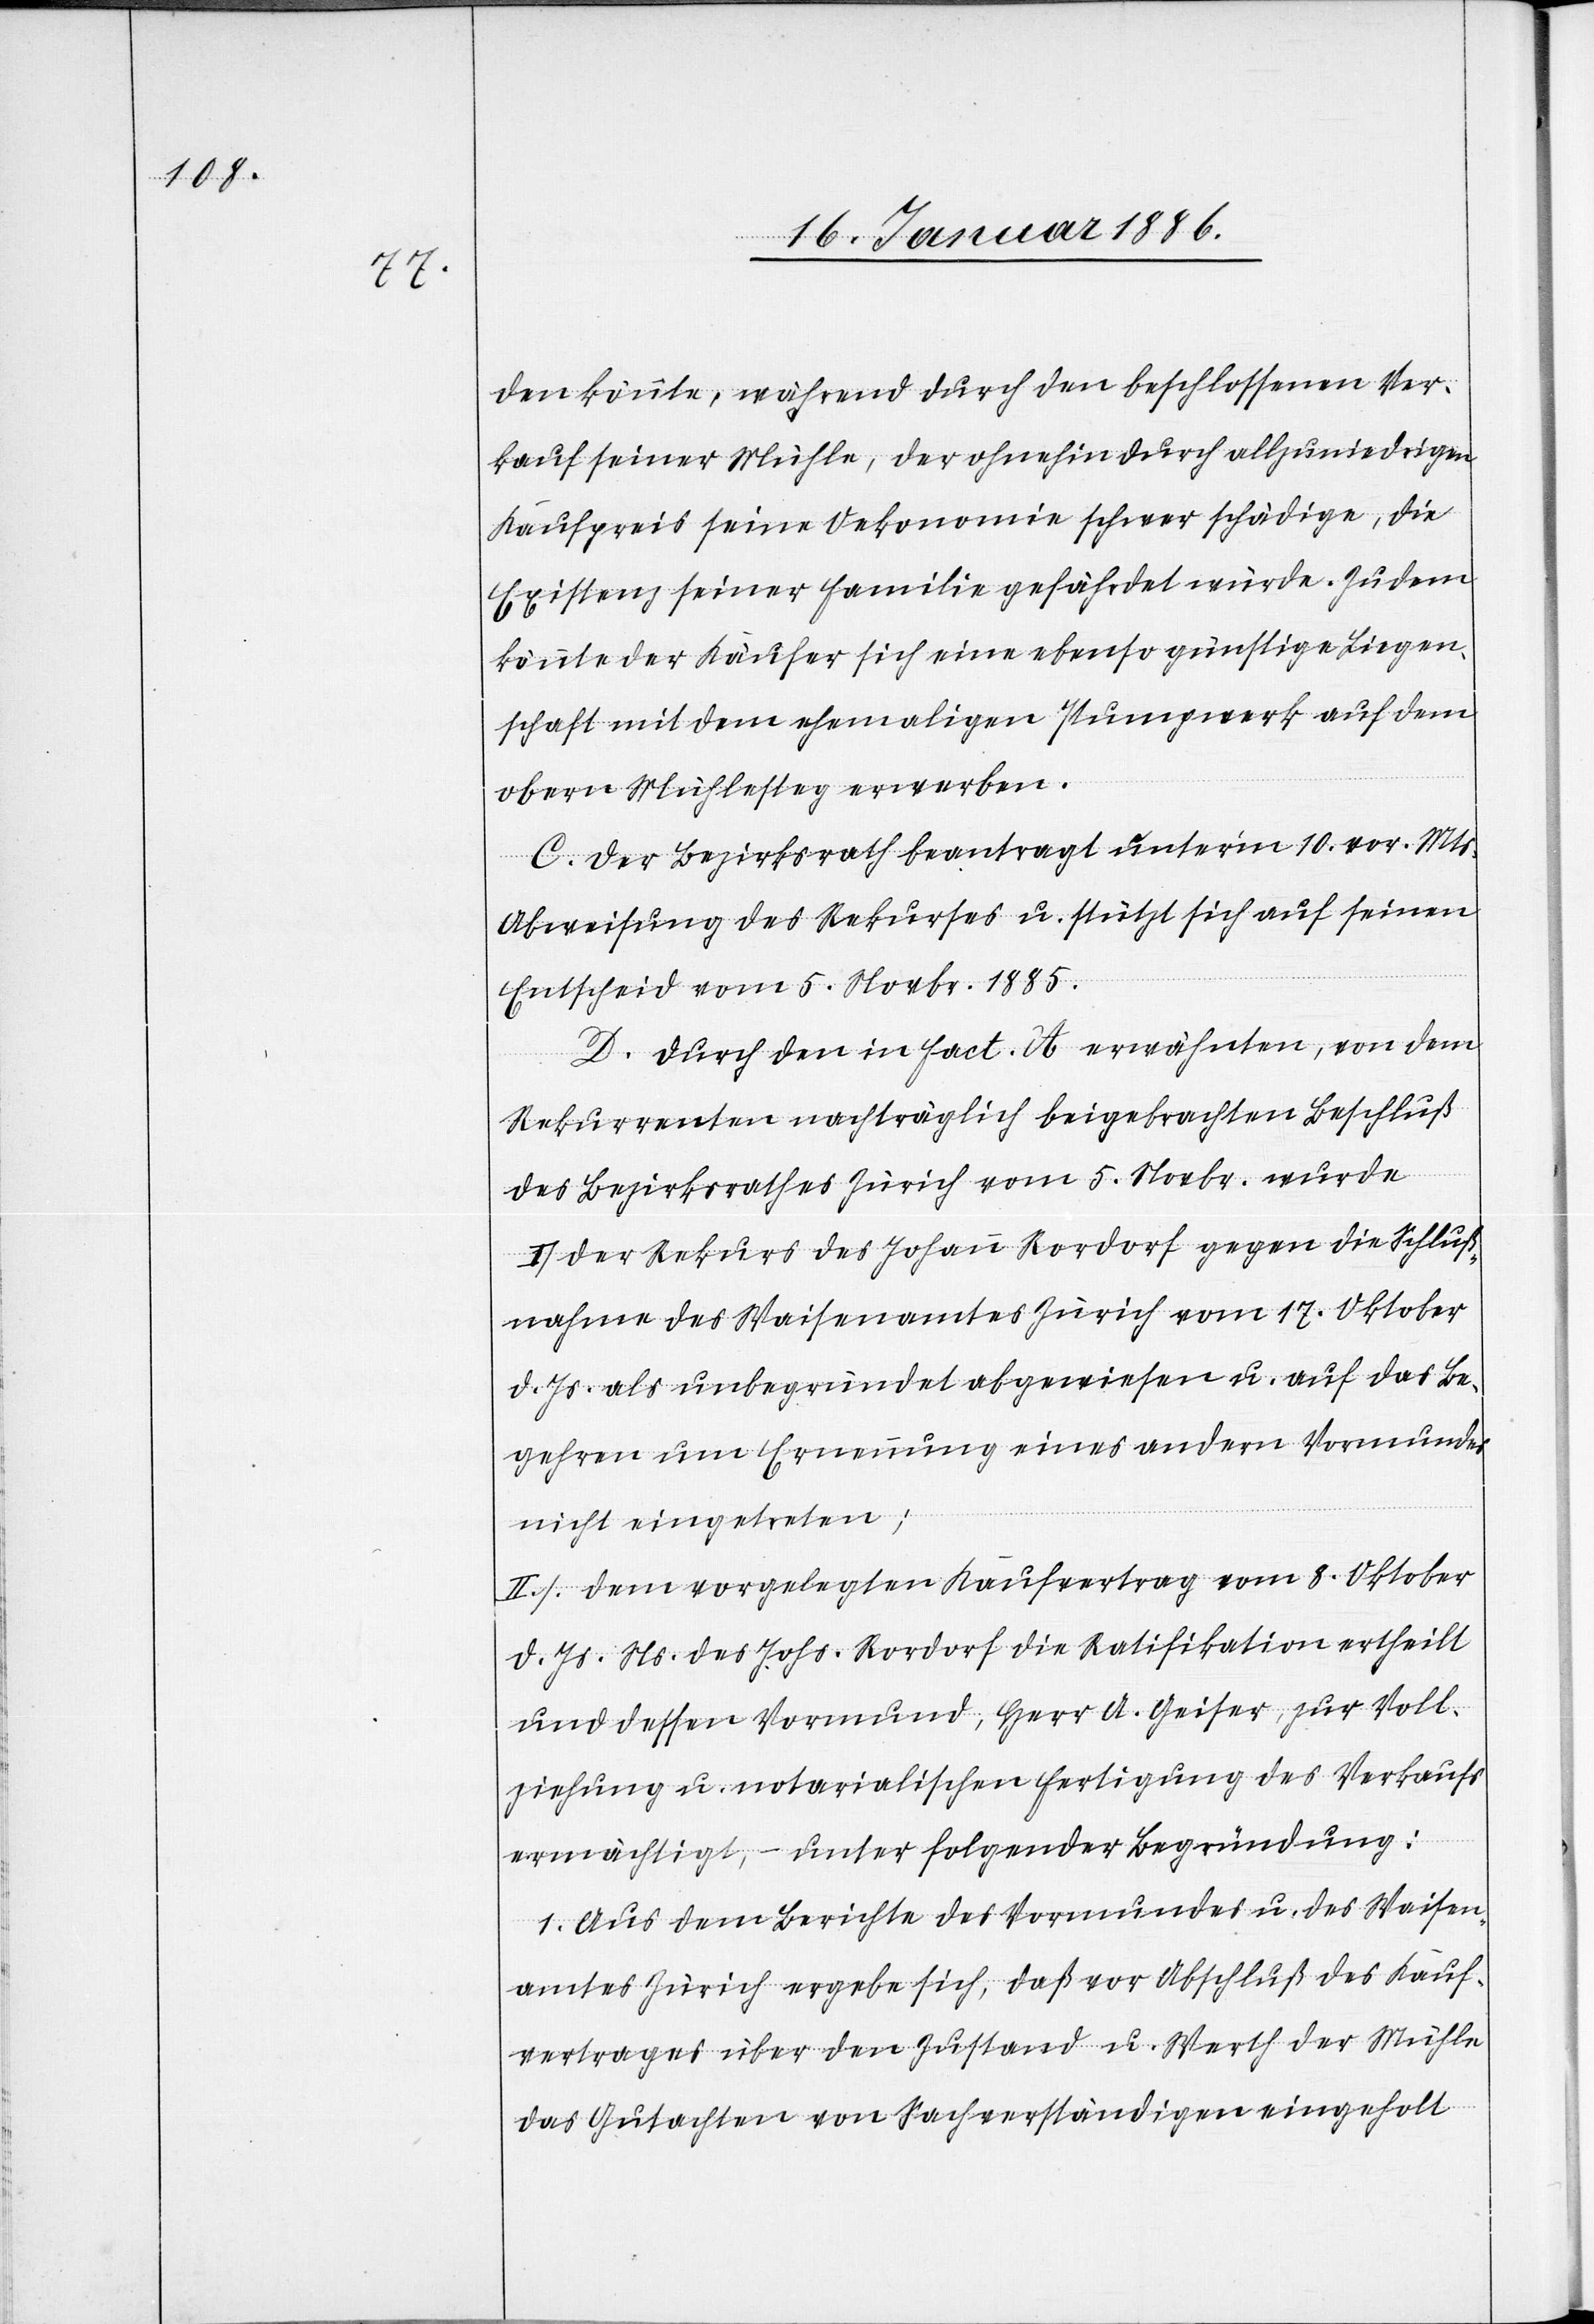
den könnte, während durch den beschlossenen Ver¬
kauf seiner Mühle, der ohnehin durch allzu niedrigen
Kaufpreis seine Oekonomie schwer schädige, die
Existenz seiner Familie gefährdet würde. Zudem
könnte der Käufer sich eine ebenso günstige Liegen¬
schaft mit dem ehemaligen Pumpgewerb auf dem
obern Mühlesteg erwerben.
C. Der Bezirksrath beantragt unterm 10. vor. Mts.
Abweisung des Rekurses u. stützt sich auf seinen
Entscheid vom 5. Novbr. 1885.
D. Durch den in Fact. A erwähnten, von den
Rekurrenten nachträglich beigebrachten Beschluß
des Bezirksrathes Zürich vom 5. Novbr. wurde
I. der Rekurs des Johann Rordorf gegen die Schluß¬
nahme des Waisenamtes Zürich vom 17. Oktober
d. Js. als unbegründet abgewiesen u. auf das Be¬
gehren um Erneuerung eines andern Vormundes
nicht eingetreten;
II. dem vorgelegten Kaufvertrag vom 8. Oktober
d. Js. Ns. des Johs. Rordorf die Ratifikation ertheilt
und dessen Vormund, Herr A. Geiser, zur Voll¬
ziehung u. notarialische Fertigung des Verkaufs
ermächtigt, – unter folgender Begründung:
1. Aus dem Berichte des Vormundes u. des Waisen¬
amtes Zürich ergebe sich, daß vor Abschluß des Kauf¬
vertrages über den Zustand u. Werth der Mühle
das Gutachten von Sachverständigen eingeholt